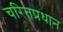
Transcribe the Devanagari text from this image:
चरितप्रधान